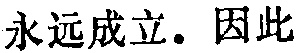
永远成立. 因此